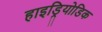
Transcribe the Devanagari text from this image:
हाइड्रियोडिक